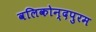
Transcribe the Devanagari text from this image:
वलिकोन्दपुरम